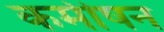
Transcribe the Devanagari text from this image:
कमीषन